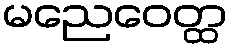
မညေဝေတ္ထ